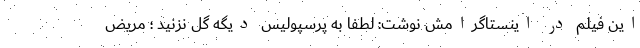
این فیلم در اینستاگرامش نوشت: لطفا به پرسپولیس دیگه گل نزنید ؛ مریض